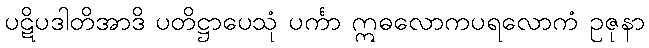
ပဋိပဒါတိအာဒိ ပတိဋ္ဌာပေသုံ ပင်္ကာ ဣဓလောကပရလောကံ ဥဇုနာ